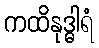
ကထိနုဒ္ဓါရံ